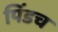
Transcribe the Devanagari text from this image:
पिंडच